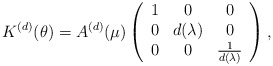
\begin{align*}K^{(d)}(\theta)=A^{(d)}(\mu)\left(\begin{array}{ccc}1&0&0\\0&d(\lambda)&0\\0&0&\frac{1}{d(\lambda)}\end{array}\right),\end{align*}